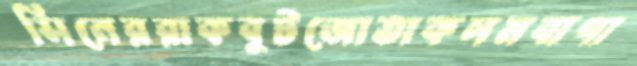
সিনেররাকবুটজোতাকলমবাগা